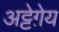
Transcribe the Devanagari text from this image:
अट्टेग़ेय